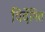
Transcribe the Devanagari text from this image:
विर्देषित